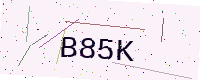
Text: B85K